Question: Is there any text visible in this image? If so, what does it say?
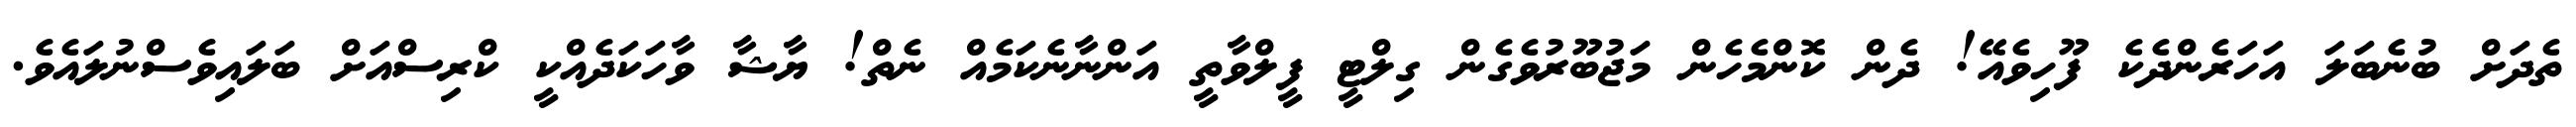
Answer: ތެދަށް ބުނެބަލަ އަހަރެންދެކެ ފޫހިވެއޭ! ދެން ކޮންމެހެން މަޖުބޫރުވެގެން ގިލްޓީ ފީލްވާތީ އަންނާނެކަމެއް ނެތް! ޔާޝާ ވާހަކަދެއްކީ ކްރިސްއަށް ބަލައިވެސްނުލައެވެ.